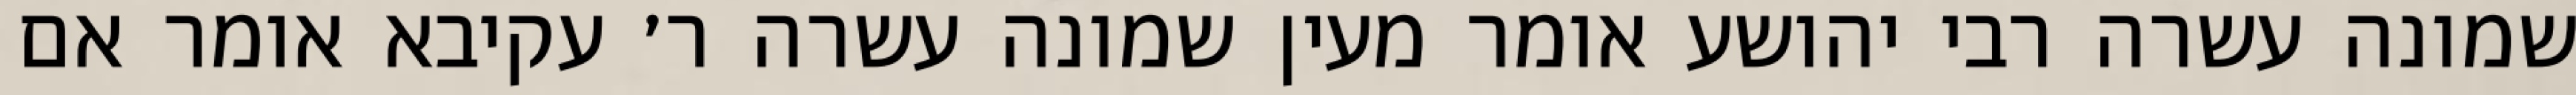
שמונה עשרה רבי יהושע אומר מעין שמונה עשרה ר׳ עקיבא אומר אם